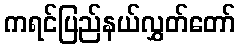
ကရင်ပြည်နယ်လွှတ်တော်